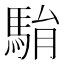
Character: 𩢺